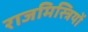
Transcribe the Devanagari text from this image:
राजमिस्त्रियों